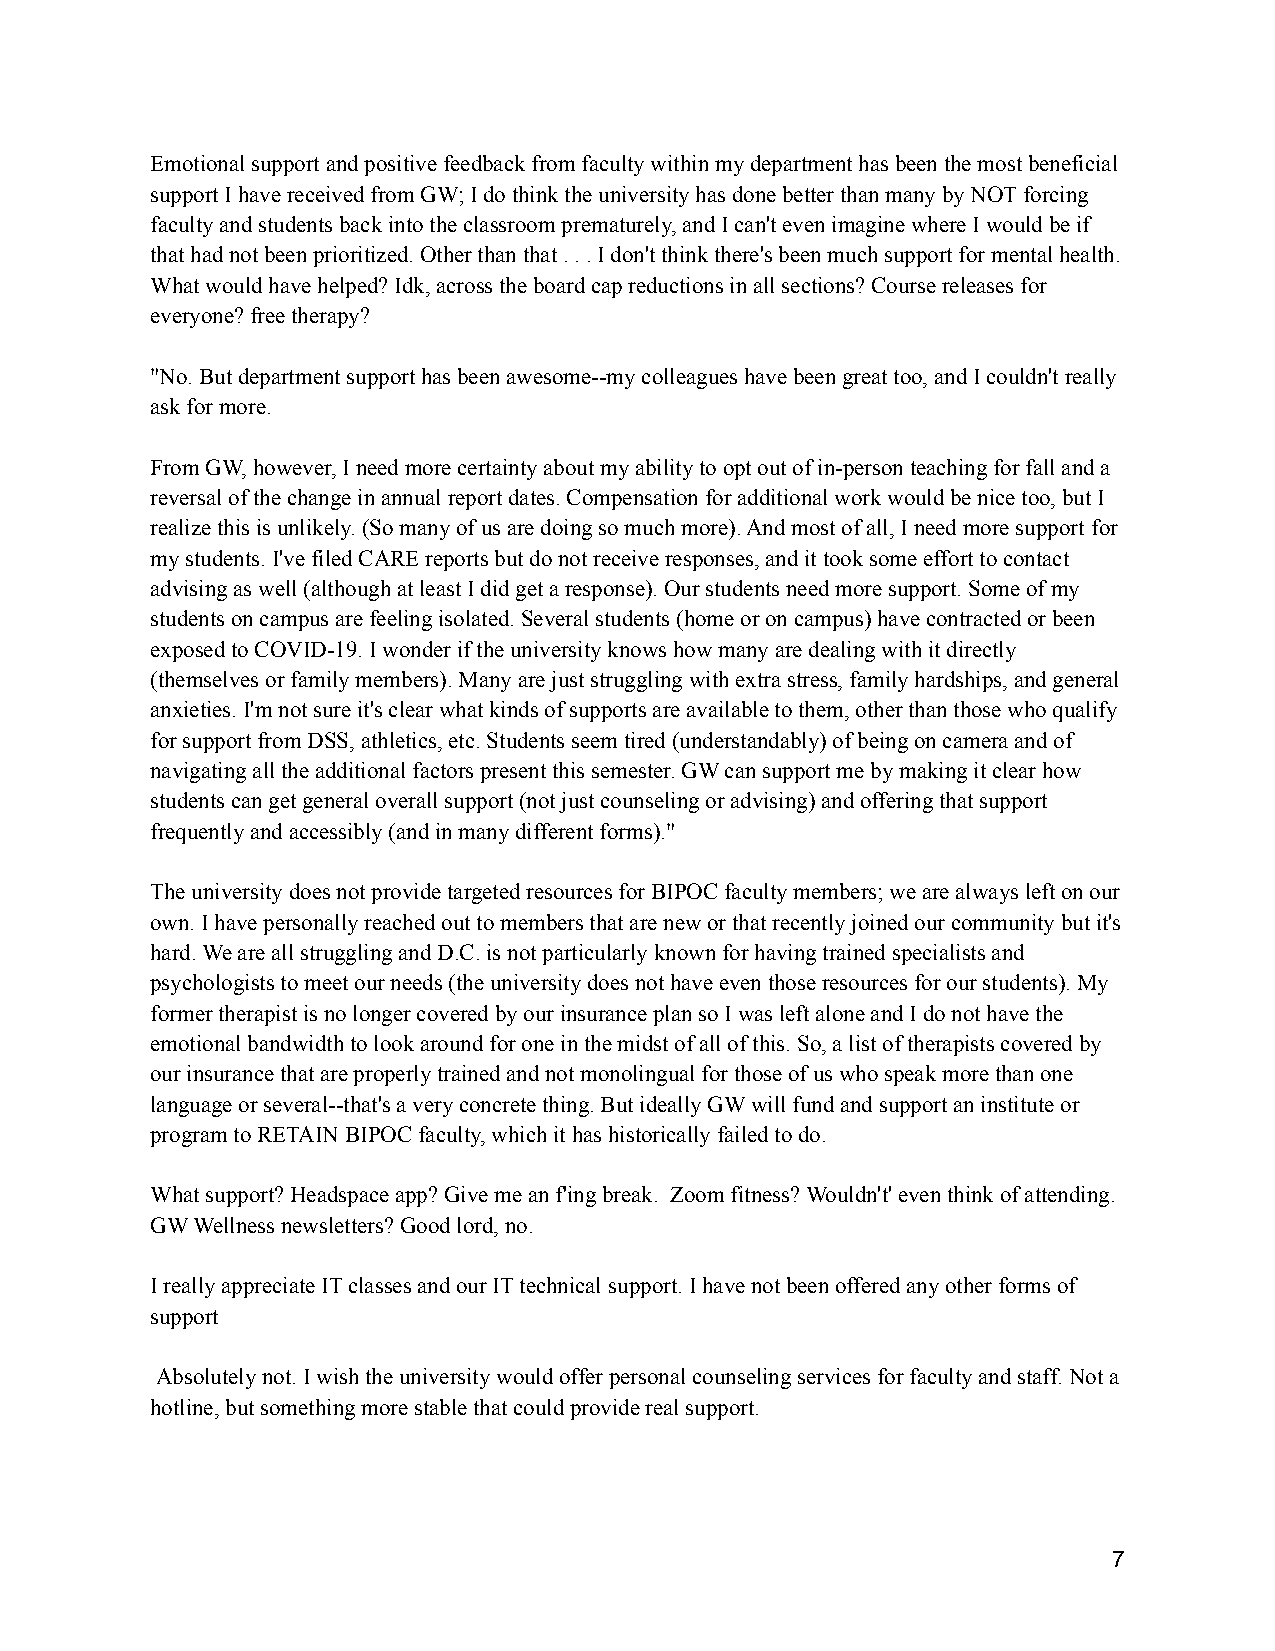
Emotional support and positive feedback from faculty within my department has been the most beneficial
 support I have received from GW; I do think the university has done better than many by NOT forcing
 faculty and students back into the classroom prematurely,and I can't even imagine where I would be if
 that had not been prioritized. Other than that . .. I don't think there's been much support for mentalhealth.
 What would have helped? Idk, across the board capreductions in all sections? Course releases for
 everyone? free therapy?
 "No. But department support has been awesome--my colleagueshave been great too, and I couldn't really
 ask for more.
 From GW, however, I need more certainty about my abilityto opt out of in-person teaching for fall and a
 reversal of the change in annual report dates. Compensationfor additional work would be nice too, but I
 realize this is unlikely. (So many of us are doingso much more). And most of all, I need more support for
 my students. I've filed CARE reports but do not receiveresponses, and it took some effort to contact
 advising as well (although at least I did get a response).Our students need more support. Some of my
 students on campus are feeling isolated. Several students(home or on campus) have contracted or been
 exposed to COVID-19. I wonder if the university knowshow many are dealing with it directly
 (themselves or family members). Many are just strugglingwith extra stress, family hardships, and general
 anxieties. I'm not sure it's clear what kinds of supportsare available to them, other than those who qualify
 for support from DSS, athletics, etc. Students seemtired (understandably) of being on camera and of
 navigating all the additional factors present thissemester. GW can support me by making it clear how
 students can get general overall support (not justcounseling or advising) and offering that support
 frequently and accessibly (and in many different forms)."
 The university does not provide targeted resourcesfor BIPOC faculty members; we are always left onour
 own. I have personally reached out to members thatare new or that recently joined our community butit's
 hard. We are all struggling and D.C. is not particularlyknown for having trained specialists and
 psychologists to meet our needs (the university doesnot have even those resources for our students).My
 former therapist is no longer covered by our insuranceplan so I was left alone and I do not have the
 emotional bandwidth to look around for one in themidst of all of this. So, a list of therapists coveredby
 our insurance that are properly trained and not monolingualfor those of us who speak more than one
 language or several--that's a very concrete thing.But ideally GW will fund and support an instituteor
 program to RETAIN BIPOC faculty, which it has historicallyfailed to do.
 What support? Headspace app? Give me an f'ing break. Zoom fitness? Wouldn't' even think of attending.
 GW Wellness newsletters? Good lord, no.
 I really appreciate IT classes and our IT technical support. I have not been offered any other formsof
 support
 Absolutely not. I wish the university would offerpersonal counseling services for faculty and staff.Not a
 hotline, but something more stable that could providereal support.
 7